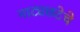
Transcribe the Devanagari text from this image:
नाट्यछटेचे